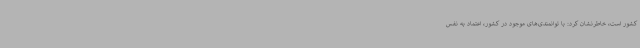
کشور است، خاطرنشان کرد: با توانمندی‌های موجود در کشور، اعتماد به نفس